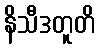
နိသီဒတူတိ